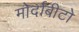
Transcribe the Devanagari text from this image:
मोर्दाबीटो